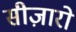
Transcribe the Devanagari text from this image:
सीज़ारो